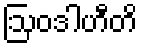
ဩဝဒါဟီတိ